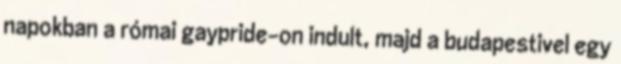
napokban a római gaypride-on indult, majd a budapestivel egy